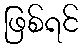
ဖြစ်ရင်